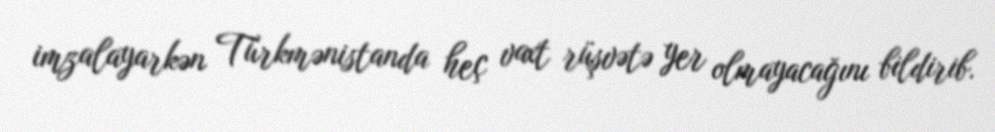
imzalayarkən Türkmənistanda heç vaxt rüşvətə yer olmayacağını bildirib.